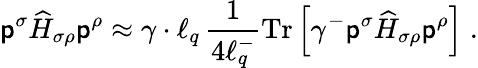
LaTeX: \mathsf{p}^{\sigma}\widehat{{H}}_{\sigma\rho}\mathsf{p}^{\rho}\approx\gamma\cdot\ell_{q}\, \frac{{1}}{{4\ell_{q}^{-}}}\mathrm{{Tr}}\left[\gamma^{-}\mathsf{p}^{\sigma}\widehat{{H}}_{\sigma\rho}\mathsf{p}^{\rho}\right]\; .